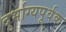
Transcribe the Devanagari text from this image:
दुर्भाग्यपूर्वक